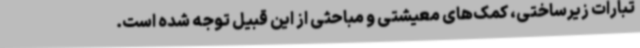
تبارات زیرساختی، کمک‌های معیشتی و مباحثی از این قبیل توجه شده است.